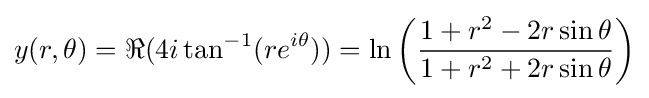
y(r,\theta )=\Re (4i\tan ^{-1}(re^{i\theta }))=\ln \left({\frac {1+r^{2}-2r\sin \theta }{1+r^{2}+2r\sin \theta }}\right)